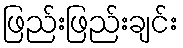
ဖြည်းဖြည်းချင်း